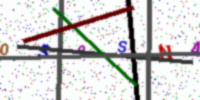
Text: 0S9SNA